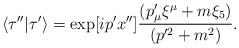
LaTeX: \begin{align*}\langle \tau''|\tau'\rangle=\exp[ip'x'']{(p'_\mu\xi^\mu + m\xi_5)\over(p'^2+m^2 ) }.\end{align*}